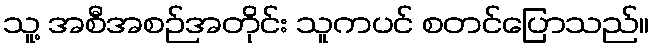
သူ့ အစီအစဉ်အတိုင်း သူကပင် စတင်ပြောသည်။